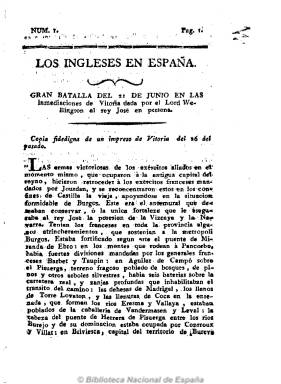
Título: Los Ingleses en España
Otros títulos: Los Ingleses en España o Postillón de Sevilla
Colección: Periódicos anteriores a 1850
Ámbito geográfico: Sevilla
Lugar de publicación: Sevilla
Fechas: 01/01/1813-31/12/1813

Impreso en Sevilla por la viuda de Vázquez y Compañía en 1813, sin indicación de mes y día, pudo ser editado por el polémico clérigo conservador Nicolás Pérez Jiménez, el Setabiense, y redactado por el no menos polémico demagogo absolutista Nicolás Tapia (Tap) Núñez de Rendón, que utilizaba el seudónimo Mirtilo Sicuritano y fue conocido como El Incógnito durante el levantamiento antifrancés sevillano en 1808. Calificado de “peculiar” por Checa Godoy, contiene crónicas sobre las batallas de las tropas inglesas contra las napoleónicas y artículos apologéticos de Lord Wellington y de otros generales españoles, como Castaños y Ballesteros, y del conde de Abisbal, y otros referidos a la actitud de los ingleses en la insurrección de las colonias españolas en América. La información la tomaba de periódicos ingleses, completándola de otros españoles, en concreto sobre la batalla de Vitoria, señala que es “copia fidedigna de un impreso” de esta ciudad. Hasta el número 13 constaba de ocho páginas por número, y a partir del siguiente, de cuatro, cambiando también su título por: Los ingleses en España o Postillón de Sevilla. La colección de la Biblioteca Nacional de España consta de 18 números, y pudo salir, probablemente durante el verano de 1813, pues fue continuado por: Gazeta diaria de Londres en Sevilla, periódico que se publicó desde el 20 de septiembre al ocho de octubre de ese año, formando su colección 19 números. Fue uno más de los diferentes periódicos que editaron y redactaron conjuntamente tanto el Setabiense como Mirtilo Sicuritano durante estos años en la ciudad hispalense, en este caso probablemente financiado por los ingleses.